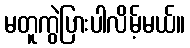
မတူကွဲပြားပါလိမ့်မယ်။